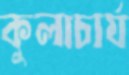
কুলাচার্য